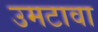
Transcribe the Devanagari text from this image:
उमटावा